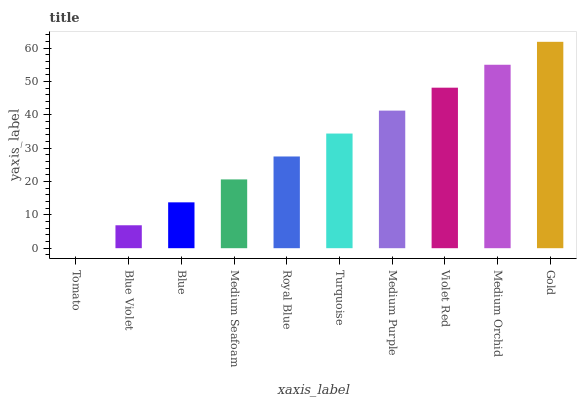
| xaxis_label | bars |
 | --- | --- |
 | Tomato | 0 |
 | Blue Violet | 6.88 |
 | Blue | 13.8 |
 | Medium Seafoam | 20.6 |
 | Royal Blue | 27.5 |
 | Turquoise | 34.4 |
 | Medium Purple | 41.3 |
 | Violet Red | 48.2 |
 | Medium Orchid | 55.1 |
 | Gold | 61.9 |